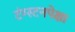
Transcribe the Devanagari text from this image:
टंग्स्टनपेक्षा